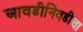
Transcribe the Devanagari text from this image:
आवडीनिवडीचा